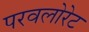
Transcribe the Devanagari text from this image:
परवलोरेट